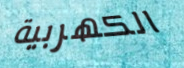
الكهربية